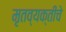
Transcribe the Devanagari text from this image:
मृतव्यक्तीचे